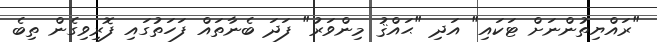
"ރައްޔިތުންނަށް ޓަކައި" އަދި "ޙައްޤު މިންވަރު" ފަދަ ބެނާތައް ފަހަތުގައި ފޮރިވިގެން ތިބެ